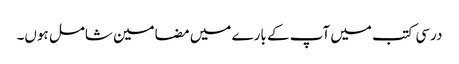
درسی کتب میں آپ کے بارے میں مضامین شامل ہوں۔